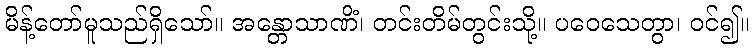
မိန့်တော်မူသည်ရှိသော်။ အန္တောသာဏိံ၊ တင်းတိမ်တွင်းသို့။ ပဝေသေတွာ၊ ဝင်၍။